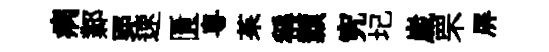
病鄴郢速匱粤茱稱纇究圮𡻕罘屏